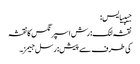
جیپیایس:
نقشہ لنک: رش اسپرنگس کا نقشہ
کی طرف سے پیش: رسل جیمز۔